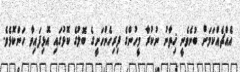
އެއްޗެއްކަމަށް ބުނެވެނީ ޚިތާނު ނުކުރާ މީހުންގެ ފިރިހެންހަށީގެ ބޮލުގެ ކޮޅުގައި އޮޅިފައިވާ ހަންކޮޅެވެ.